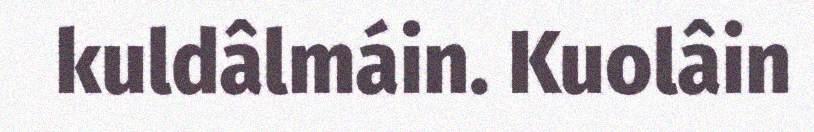
kuldâlmáin. Kuolâin